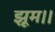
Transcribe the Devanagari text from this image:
झूम।।